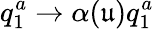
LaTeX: q_{1}^{a}\to\alpha(\mathfrak{u})q_{1}^{a}